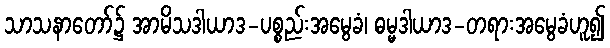
သာသနာတော်၌ အာမိသဒါယာဒ-ပစ္စည်းအမွေခံ၊ ဓမ္မဒါယာဒ-တရားအမွေခံဟူ၍